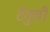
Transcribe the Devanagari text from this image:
टेगुली